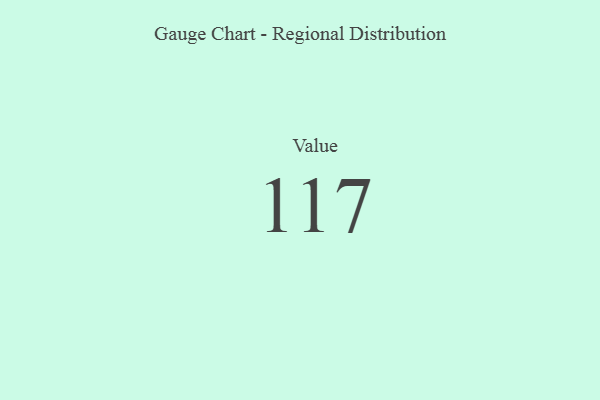
{"axis": {"x": "Metric", "y": "Value"}, "legend": [""], "data": [{"x": "Value", "y": 117, "type": ""}]}